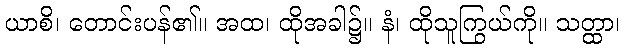
ယာစိ၊ တောင်းပန်၏။ အထ၊ ထိုအခါ၌။ နံ၊ ထိုသူကြွယ်ကို။ သတ္ထာ၊